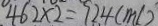
4 6 2 \times 2 = 9 2 4 ( m l )